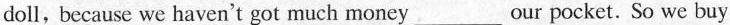
doll, because we haven't got much money ___ our pocket. So we buy